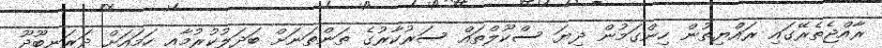
ރާއްޖެތެރޭގައި ރައްޔިތުން ހިންގަމުން ދިޔަ ސްކޫލްތައް ސަރުކާރުގެ ތަންތަނަށް ބަދަލުކުރުމާއި ހަމައަށް ދަރަނބޫދޫ